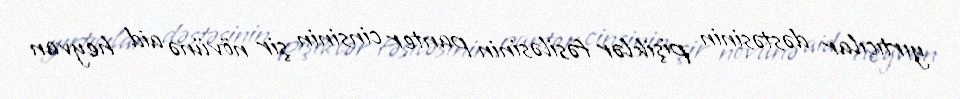
yırtıcılar dəstəsinin pişiklər fəsiləsinin panter cinsinin şir növünə aid heyvan